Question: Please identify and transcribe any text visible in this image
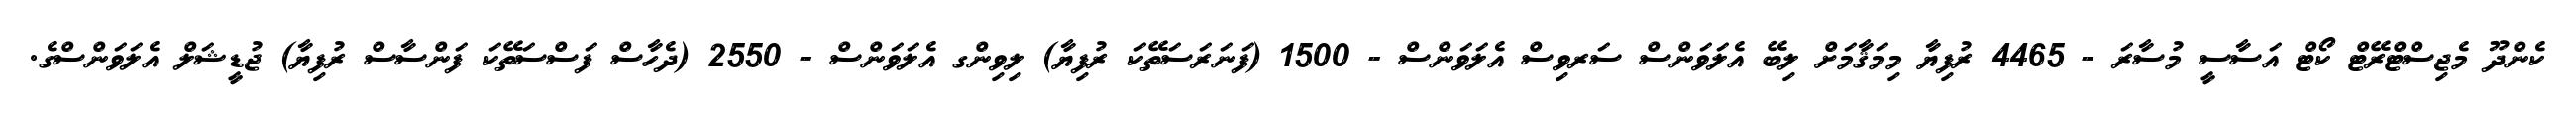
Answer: ކެންދޫ މެޖިސްޓްރޭޓް ކޯޓް އަސާސީ މުސާރަ - 4465 ރުފިޔާ މިމަޤާމަށް ލިބޭ އެލަވަންސް ސަރވިސް އެލަވަންސް - 1500 (ފަނަރަސަތޭކަ ރުފިޔާ) ލިވިންގ އެލަވަންސް - 2550 (ދެހާސް ފަސްސަތޭކަ ފަންސާސް ރުފިޔާ) ޖުޑީޝަލް އެލަވަންސްގެ.